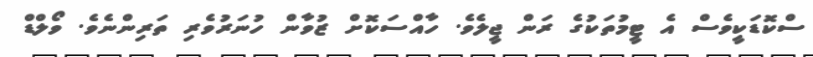
ސްކޮޑަކީވެސް އެ ޓީމުތަކުގެ ރަން ޖީލެވެ. ހާއްސަކޮށް ޒުވާން ހުނަރުވެރި ތަރިންނެވެ. ވޯލްޑް